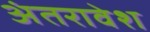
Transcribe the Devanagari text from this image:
अंतरावेश